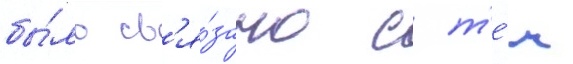
бы́ло св'я́зано с т'е́м